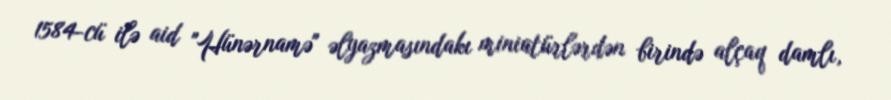
1584-cü ilə aid "Hünərnamə" əlyazmasındakı miniatürlərdən birində alçaq damlı,